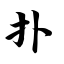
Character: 扑